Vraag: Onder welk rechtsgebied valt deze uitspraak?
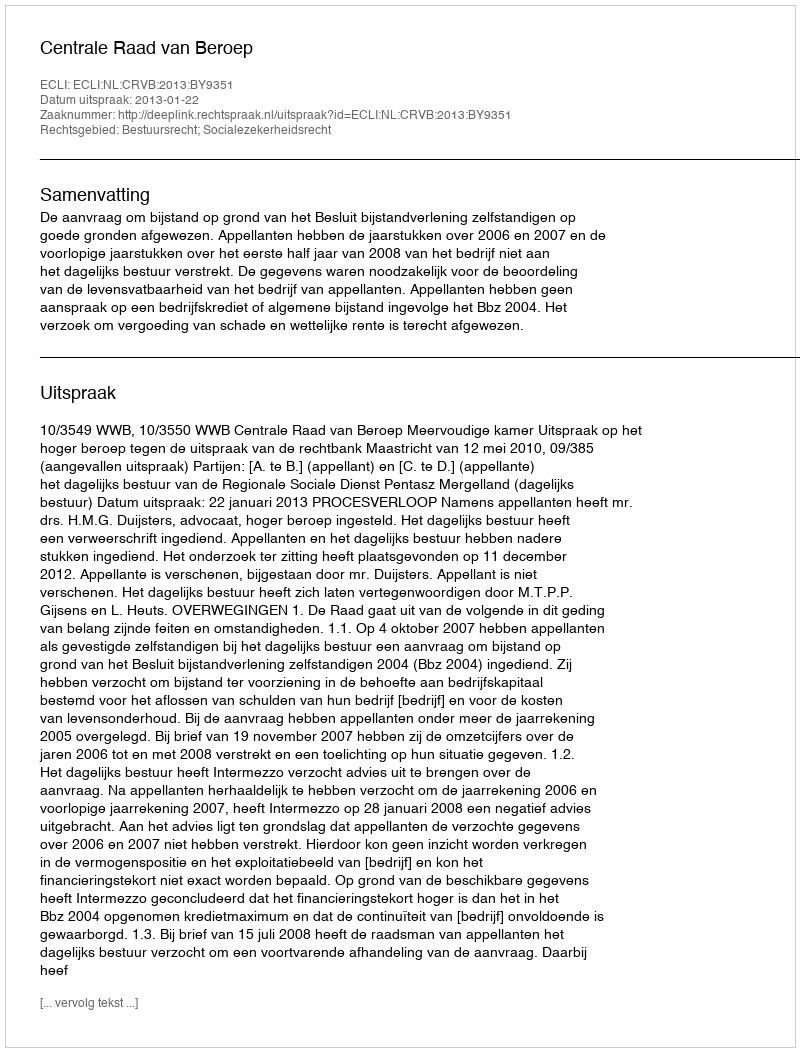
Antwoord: Bestuursrecht; Socialezekerheidsrecht